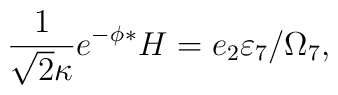
{{1\over \sqrt{2} \kappa} e^{-\phi}{}^{\ast}H = e_2 \varepsilon_7/\Omega_7,}